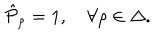
LaTeX: \hat { \cal P } _ { \rho } = 1 , \quad \forall \rho \in \Delta .